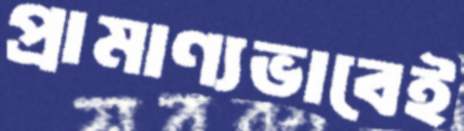
প্রামাণ্যভাবেই